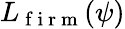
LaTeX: {L}_{\mathrm{~f~i~r~m~}}(\psi)